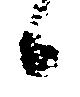
候